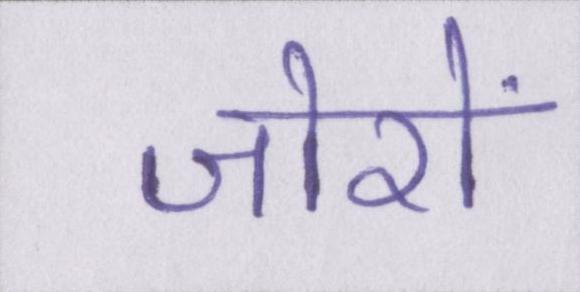
जोरों